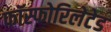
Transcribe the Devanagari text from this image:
फॉस्फोरिलेटेड